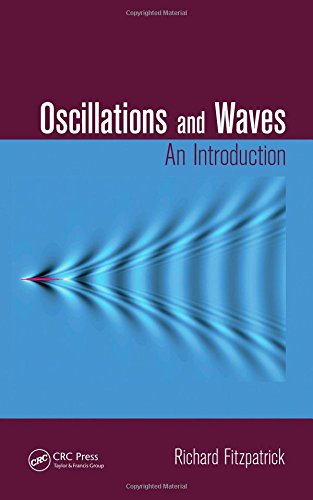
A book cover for Oscillations and Waves: An Introduction; Richard Fitzpatrick; Science & Math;